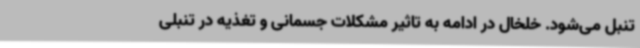
تنبل می‌شود. خلخال در ادامه به تاثیر مشکلات جسمانی و تغذیه در تنبلی